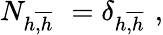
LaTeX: N_{h\overline{{{,h}}}\ \ }=\delta_{h\overline{{{,h}}}\ \ },